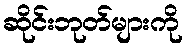
ဆိုင်းဘုတ်များကို